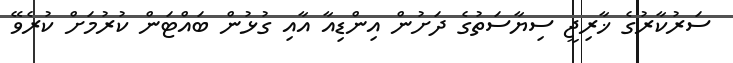
ސަރުކާރުގެ ޚާރިޖީ ސިޔާސަތުގެ ދަށުން އިންޑިއާ އާއި ގުޅުން ބައްޓަން ކުރުމަށް ކުރެވޭ